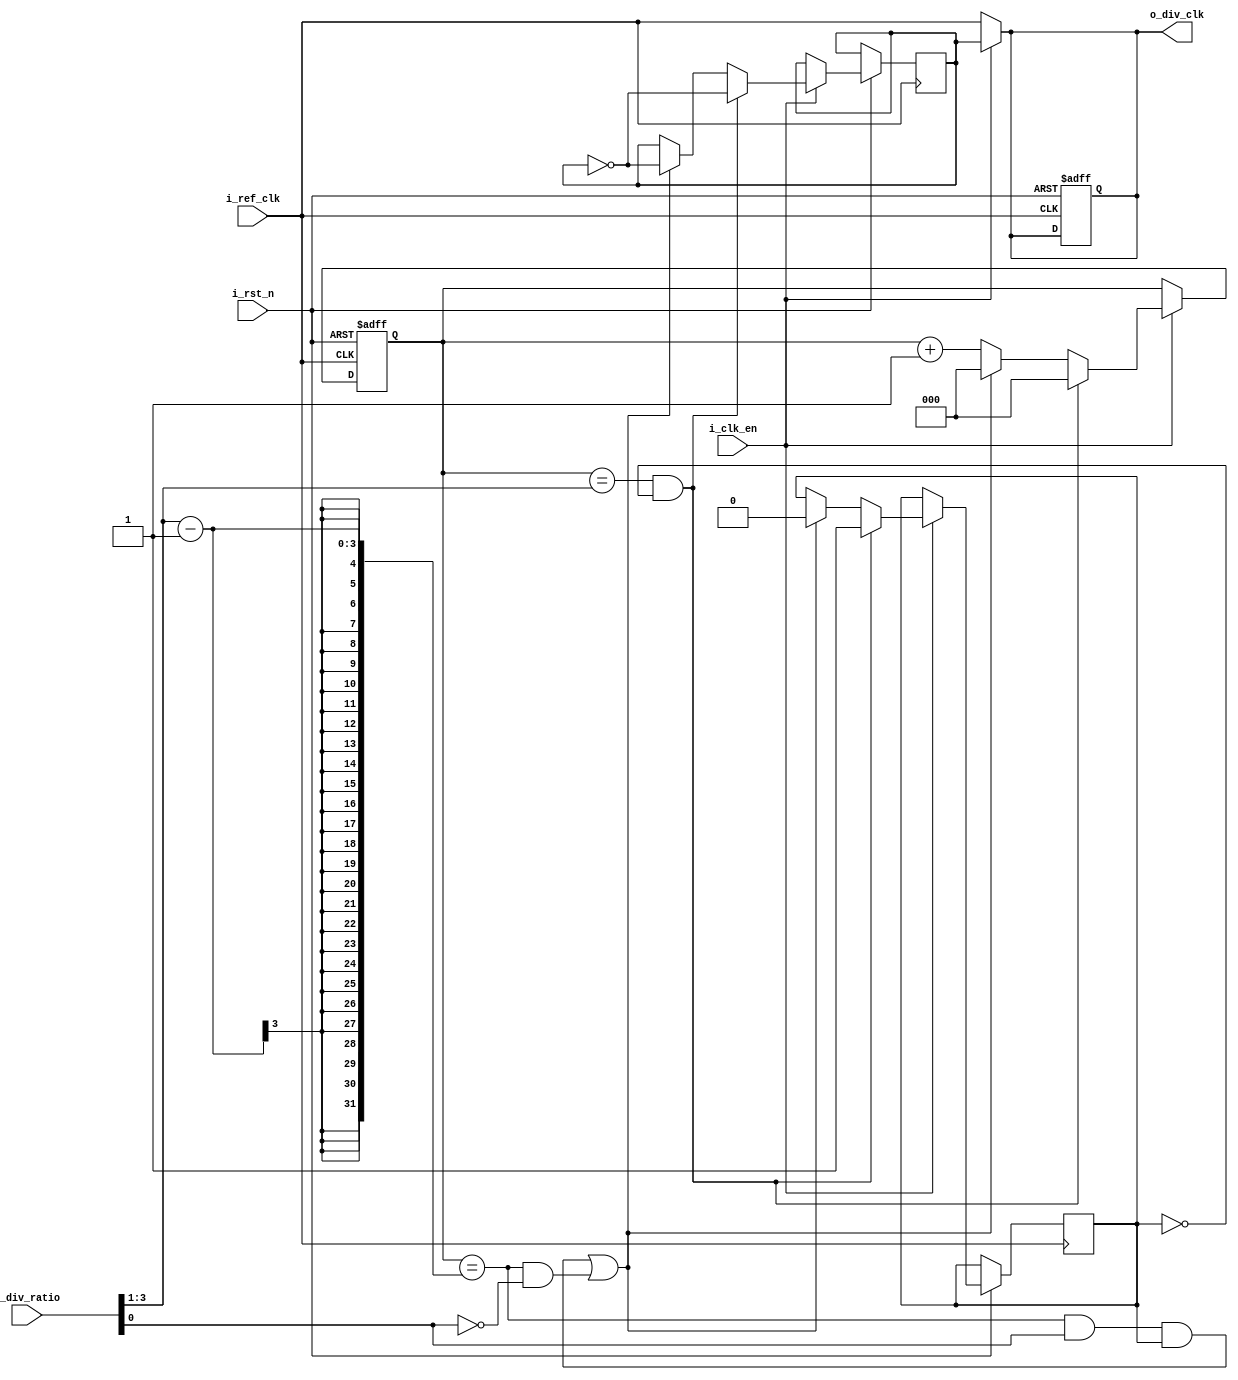
module ClkDiv  #(parameter RATIO = 4)(
    input wire i_ref_clk,
    input wire i_rst_n,
    input wire i_clk_en,
    input [RATIO-1:0] i_div_ratio,
    output reg o_div_clk

);

reg [2:0] counter = 3'b0;
reg high = 0;
reg flag=0;
reg divided_clk=0;
always @(posedge i_ref_clk or negedge i_rst_n) begin
  
    if (!i_rst_n )
    begin
        counter <= 3'b0;
        o_div_clk <= 0;
    end

   else if (i_clk_en)
   begin
    if(counter == (i_div_ratio >> 1) && !high )
        begin
        divided_clk <= ~divided_clk;
         counter <= 3'b0;
         high <=1;
        end

          else if ((counter == ((i_div_ratio >> 1)-1) && i_div_ratio[0]==1)&& high || ( counter == ((i_div_ratio >> 1)-1) && i_div_ratio[0]==0))
        begin
            divided_clk <= ~divided_clk;
         counter <= 3'b0;
         high = 0;
        end

else 
begin
    counter <= counter+3'b1;
end
   


    end  
end 

always @(*) begin
   
   if (i_clk_en)
   begin
    o_div_clk <= divided_clk;
    end

    else 
    begin
        o_div_clk <= i_ref_clk;
    end
    
end

endmodule